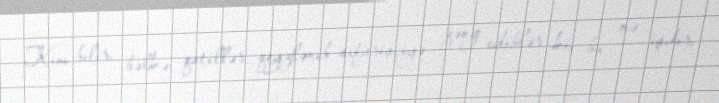
Kim bilir, bəlkə qatillər qeyzlənib sifarişçiyə zəng ediblər ki, bu nə işdir,